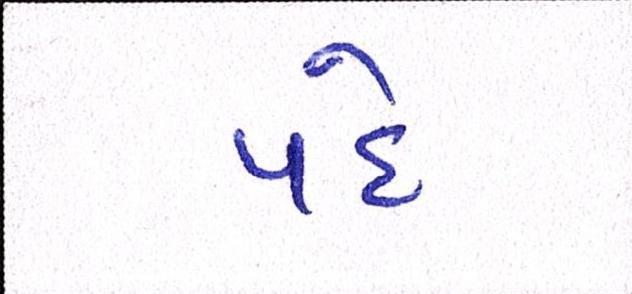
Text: પદે